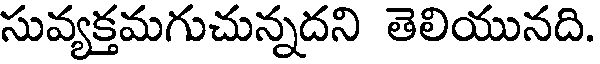
సువ్యక్తమగుచున్నదని తెలియునది.